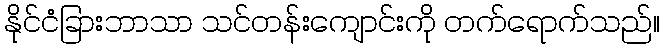
နိုင်ငံခြားဘာသာ သင်တန်းကျောင်းကို တက်ရောက်သည်။